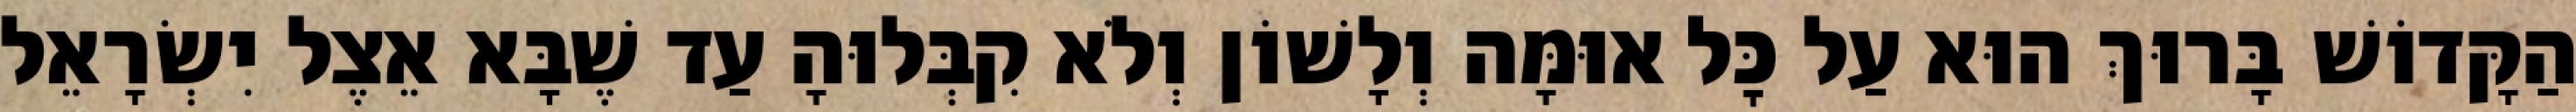
הַקָּדוֹשׁ בָּרוּךְ הוּא עַל כׇּל אוּמָּה וְלָשׁוֹן וְלֹא קִבְּלוּהָ עַד שֶׁבָּא אֵצֶל יִשְׂרָאֵל